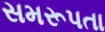
સમરૂપતા